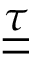
\underline { { \underline { { \tau } } } }